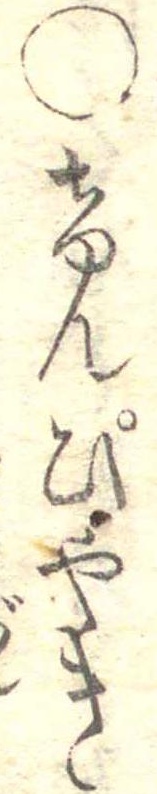
○けんぴやき